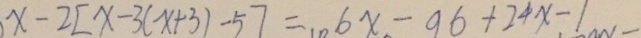
x - 2 [ x - 3 ( x + 3 ) - 5 ] = 6 x - 9 6 + 2 4 x - 1